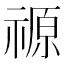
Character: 𮂋